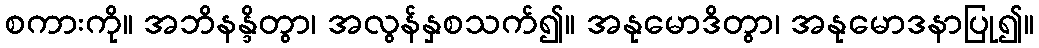
စကားကို။ အဘိနန္ဒိတွာ၊ အလွန်နှစသက်၍။ အနုမောဒိတွာ၊ အနုမောဒနာပြု၍။